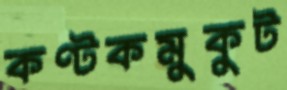
কণ্টকমুকুট